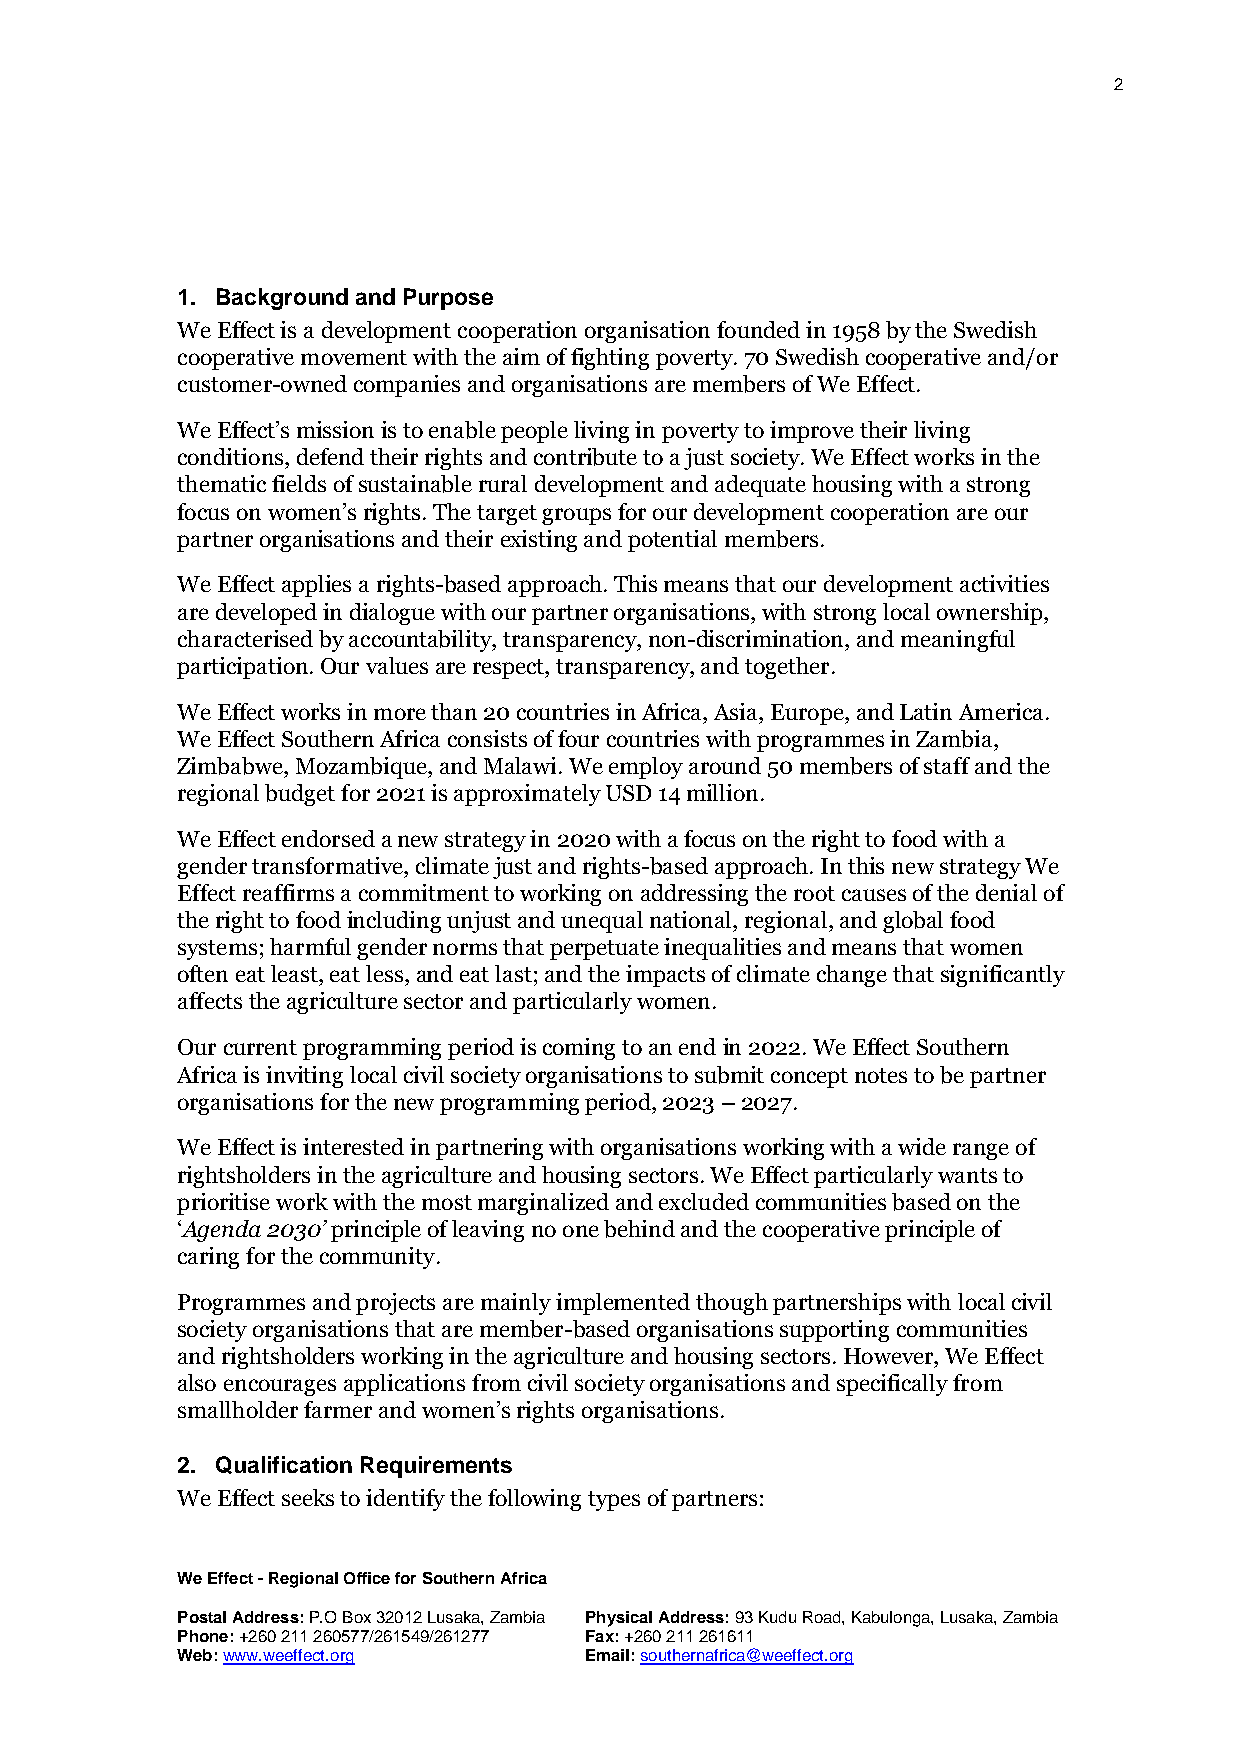
2
 1. Background and Purpose
 We Effect is a development cooperation organisation founded in 1958 by the Swedish
 cooperative movement with the aim of fighting poverty. 70 Swedish cooperative and/or
 customer-owned companies and organisations are members of We Effect.
 We Effect’s mission is to enable people living in poverty to improve their living
 conditions, defend their rights and contribute to a just society. We Effect works in the
 thematic fields of sustainable rural development and adequate housing with a strong
 focus on women’s rights. The target groups for our development cooperation are our
 partner organisations and their existing and potential members.
 We Effect applies a rights-based approach. This means that our development activities
 are developed in dialogue with our partner organisations, with strong local ownership,
 characterised by accountability, transparency, non-discrimination, and meaningful
 participation. Our values are respect, transparency, and together.
 We Effect works in more than 20 countries in Africa, Asia, Europe, and Latin America.
 We Effect Southern Africa consists of four countries with programmes in Zambia,
 Zimbabwe, Mozambique, and Malawi. We employ around 50 members of staff and the
 regional budget for 2021 is approximately USD 14 million.
 We Effect endorsed a new strategy in 2020 with a focus on the right to food with a
 gender transformative, climate just and rights-based approach. In this new strategy We
 Effect reaffirms a commitment to working on addressing the root causes of the denial of
 the right to food including unjust and unequal national, regional, and global food
 systems; harmful gender norms that perpetuate inequalities and means that women
 often eat least, eat less, and eat last; and the impacts of climate change that significantly
 affects the agriculture sector and particularly women.
 Our current programming period is coming to an end in 2022. We Effect Southern
 Africa is inviting local civil society organisations to submit concept notes to be partner
 organisations for the new programming period, 2023 – 2027.
 We Effect is interested in partnering with organisations working with a wide range of
 rightsholders in the agriculture and housing sectors. We Effect particularly wants to
 prioritise work with the most marginalized and excluded communities based on the
 ‘Agenda 2030’ principle of leaving no one behind and the cooperative principle of
 caring for the community.
 Programmes and projects are mainly implemented though partnerships with local civil
 society organisations that are member-based organisations supporting communities
 and rightsholders working in the agriculture and housing sectors. However, We Effect
 also encourages applications from civil society organisations and specifically from
 smallholder farmer and women’s rights organisations.
 2. Qualification Requirements
 We Effect seeks to identify the following types of partners:
 We Effect - Regional Office for Southern Africa
 Postal Address: P.O Box 32012 Lusaka, Zambia Physical Address: 93 Kudu Road, Kabulonga, Lusaka, Zambia
 Phone: +260 211 260577/261549/261277 Fax: +260 211 261611
 Web: www.weeffect.org      Email: southernafrica@weeffect.org